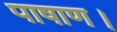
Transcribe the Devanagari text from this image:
पाषाण।